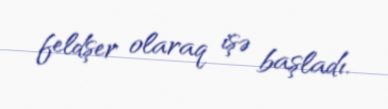
feldşer olaraq işə başladı.